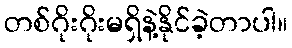
တစ်ဂိုးဂိုးမရှိနဲ့နိုင်ခဲ့တာပါ။